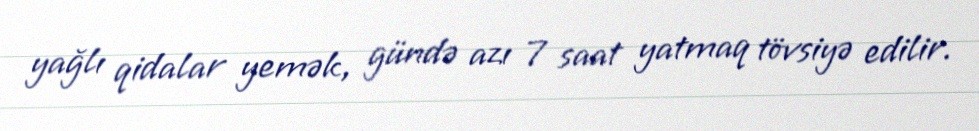
yağlı qidalar yemək, gündə azı 7 saat yatmaq tövsiyə edilir.